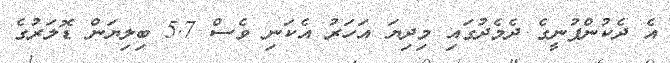
އެ ދެކުންފުނީގެ ދެމެދުގައި މިދިޔަ އަހަރު އެކަނި ވެސް 5.7 ބިލިޔަން ޑޮލަރުގެ